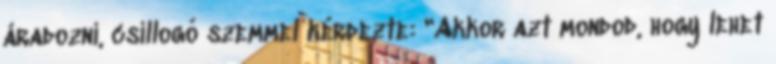
áradozni, csillogó szemmel kérdezte: "Akkor azt mondod, hogy lehet